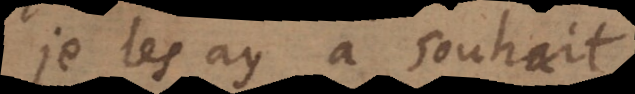
je les ay à souha